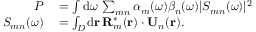
\begin{array} { r l } { P } & { { } = \int \mathrm { d } \omega \, \sum _ { m n } \alpha _ { m } ( \omega ) \beta _ { n } ( \omega ) | S _ { m n } ( \omega ) | ^ { 2 } } \\ { S _ { m n } ( \omega ) } & { { } = \int _ { \cal D } \mathrm { d } { \bf r } \, { \bf R } _ { m } ^ { \ast } ( { \bf r } ) \cdot { \bf U } _ { n } ( { \bf r } ) . } \end{array}